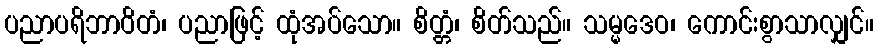
ပညာပရိဘာဝိတံ၊ ပညာဖြင့် ထုံအပ်သော။ စိတ္တံ၊ စိတ်သည်။ သမ္မဒေဝ၊ ကောင်းစွာသာလျှင်။